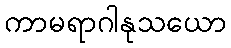
ကာမရာဂါနုသယော